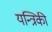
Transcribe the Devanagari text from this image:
यन्त्रिकी